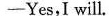
-Yes,I will.